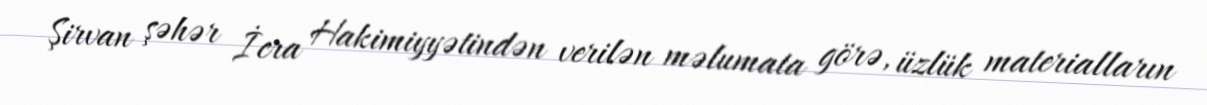
Şirvan şəhər İcra Hakimiyyətindən verilən məlumata görə, üzlük materialların